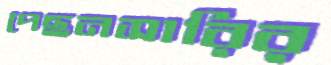
পেছনসারির